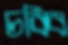
চব্বি